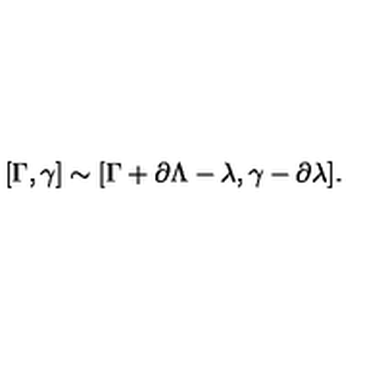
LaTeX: [ \Gamma , \gamma ] \sim [ \Gamma + \partial \Lambda - \lambda , \gamma - \partial \lambda ] .